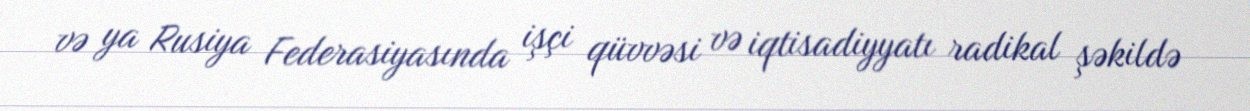
və ya Rusiya Federasiyasında işçi qüvvəsi və iqtisadiyyatı radikal şəkildə